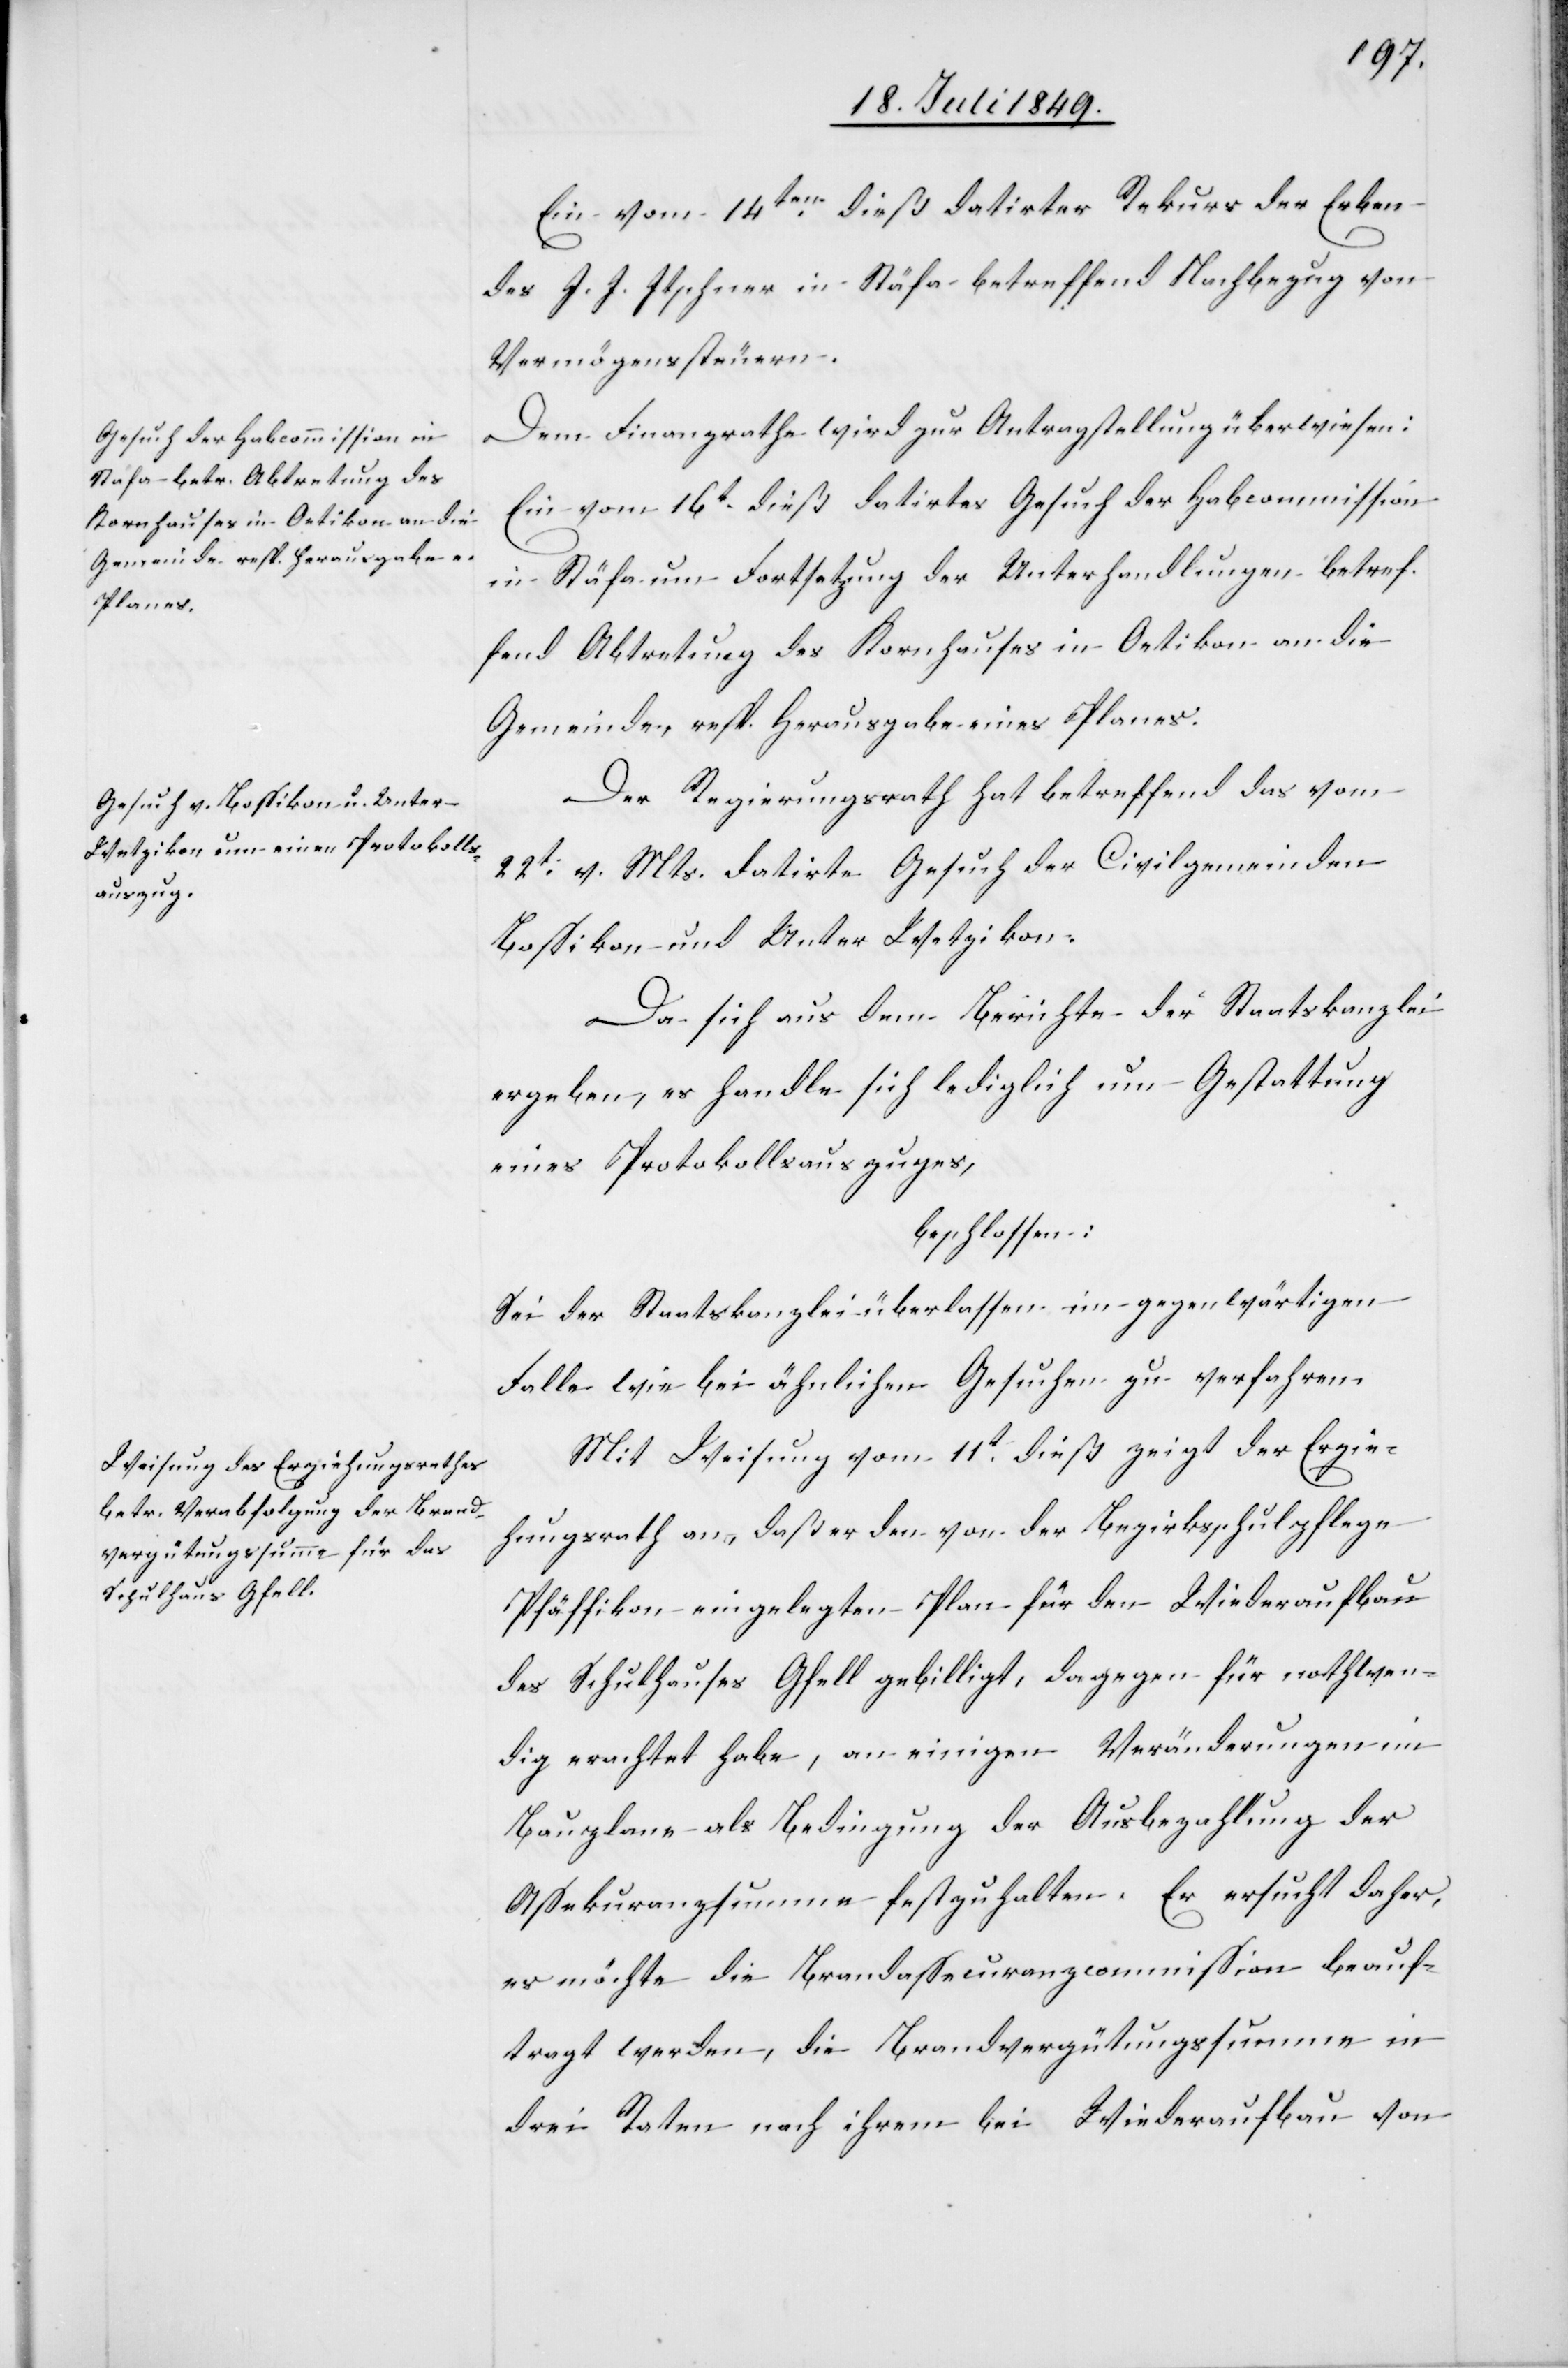
Ein vom 14ten dieß datirter Rekurs der Erben
des J. J. Itschner in Stäfa betreffend Nachbezug von
Vermögenssteuern.
Dem Finanzrathe wird zur Antragstellung überwiesen:
Ein vom 16t dieß datirtes Gesuch der Habcommission
in Stäfa um Fortsetzung der Unterhandlungen betref¬
fend Abtretung des Kornhauses in Oetikon an die
Gemeinde, resp. Herausgabe eines Planes.
Der Regierungsrath hat betreffend das vom
22t v. Mts. datirte Gesuch der Civilgemeinden
Bossikon und Unter Wetzikon.
Da sich aus dem Berichte der Staatskanzlei
ergeben, es handle sich lediglich um Gestattung
eines Protokollsauszuges,
beschlossen:
Sei der Staatskanzlei überlassen im gegenwärtigen
Falle wie bei ähnlichen Gesuchen zu verfahren.
Mit Weisung vom 11ten dieß zeigt der Erzie¬
hungsrath an, daß er den von der Bezirksschulpflege
Pfäffikon eingelegten Plan für den Wiederaufbau
des Schulhauses Gfell gebilligt, dagegen für nothwen¬
dig erachtet habe, an einigen Veränderungen im
Bauplane als Bedingung der Ausbezahlung der
Assekuranzsumme festzuhalten. Er ersucht daher,
es möchte die Brandassecuranzcommission beauf¬
tragt werden, die Brandvergütungssumme in
drei Raten nach ihrem bei Wiederaufbau von